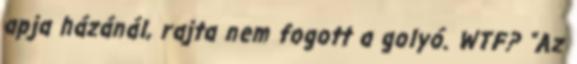
apja házánál, rajta nem fogott a golyó. WTF? “Az